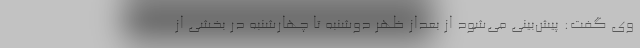
وی گفت: پیش‌بینی می‌شود از بعداز ظهر دوشنبه تا چهارشنبه در بخشی از